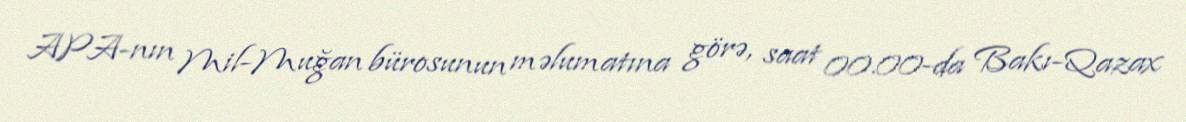
APA-nın Mil-Muğan bürosunun məlumatına görə, saat 00.00-da Bakı-Qazax